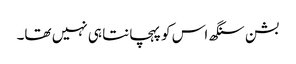
بشن سنگھ اس کو پہچانتا ہی نہیں تھا۔